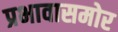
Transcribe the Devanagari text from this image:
प्रभावासमोर